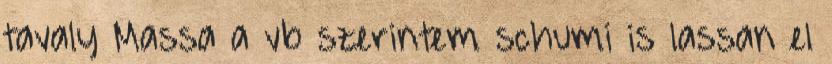
tavaly Massa a vb szerintem schumi is lassan el